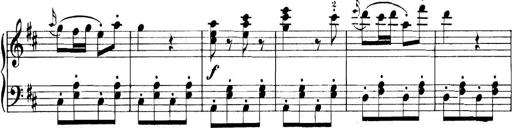
Title: 11 Sonatinas
Composer: Anton Diabelli